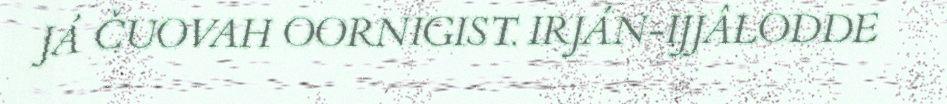
JÁ ČUOVAH OORNIGIST. IRJÁN-IJJÂLODDE